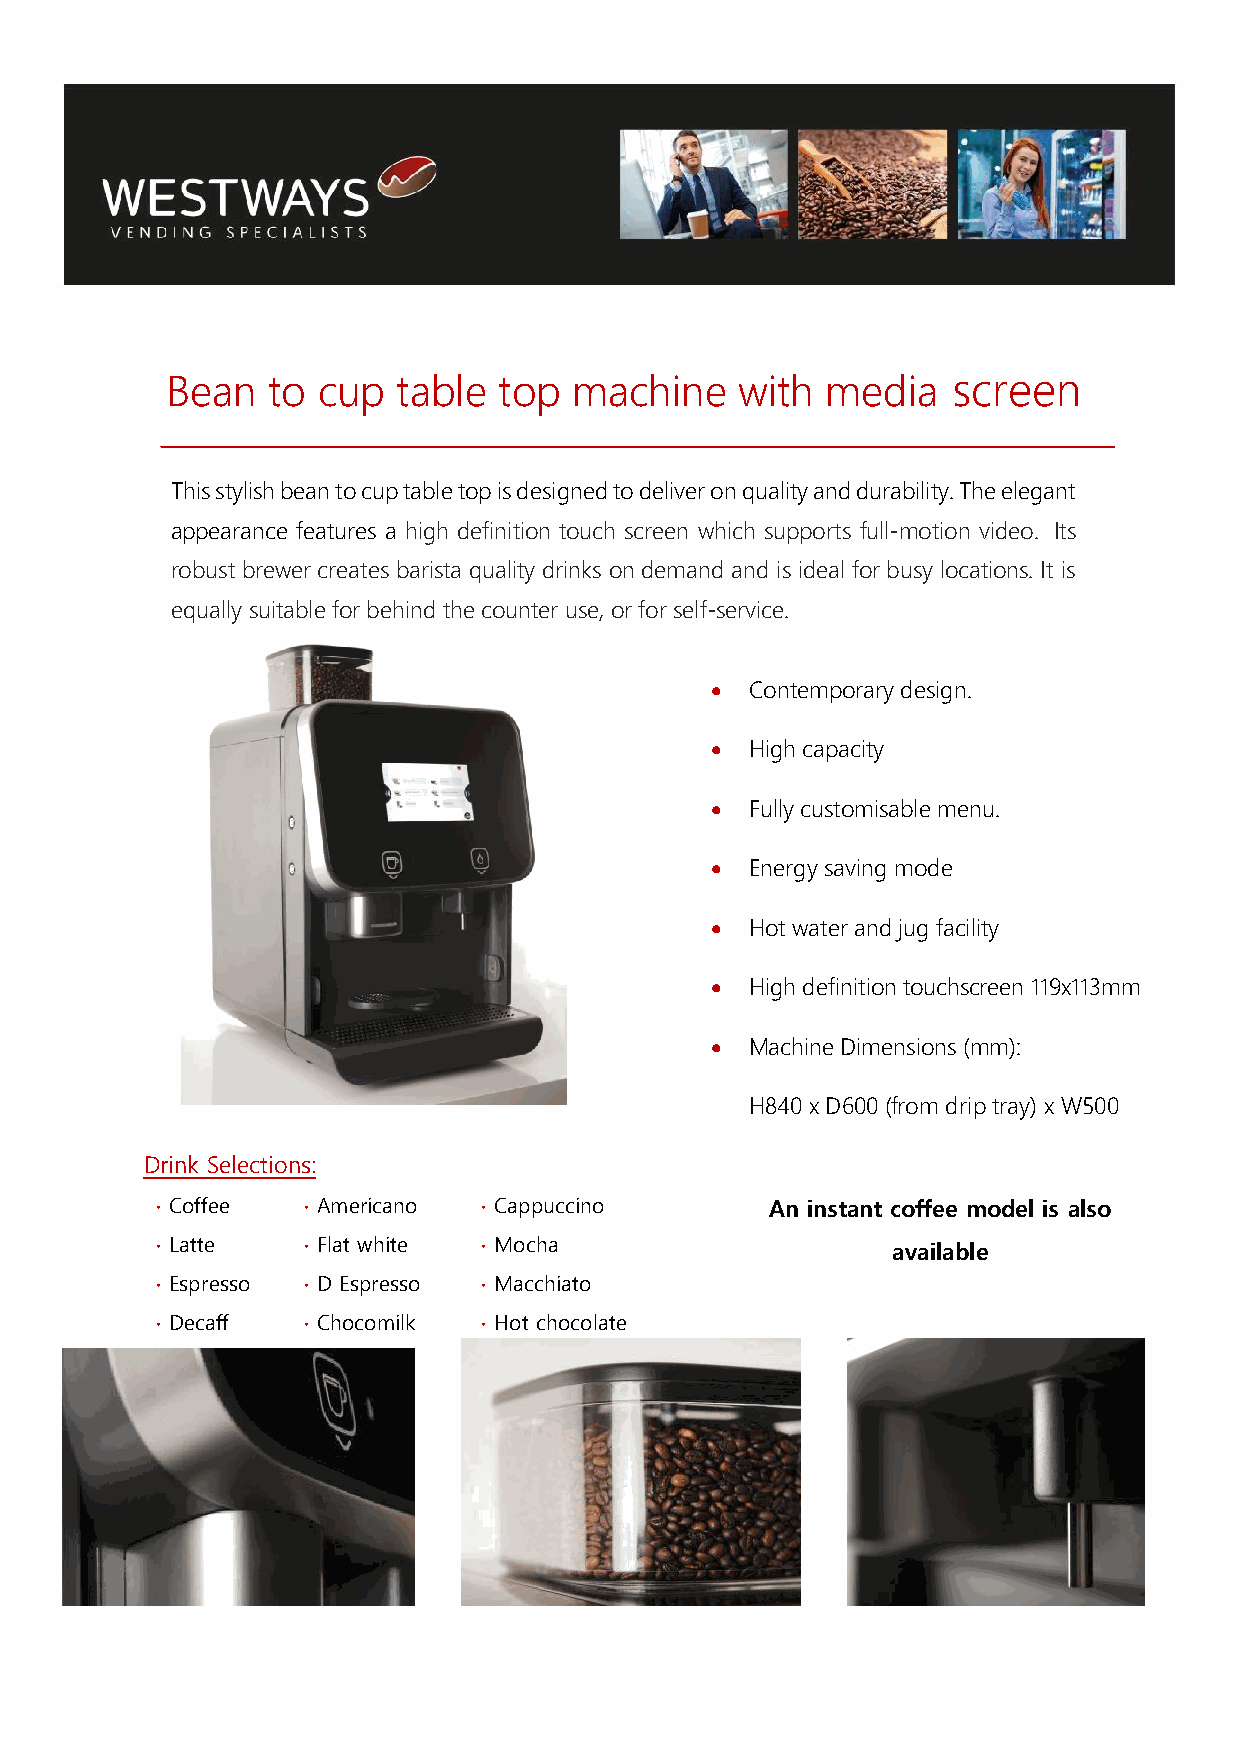
Bean   to cup  table  top  machine    with  media   screen
 This stylish bean to cup table top is designed to deliver on quality and durability. The elegant
 appearance features a high definition touch screen which supports full-motion video. Its
 robust brewer creates barista quality drinks on demand and is ideal for busy locations. It is
 equally suitable for behind the counter use, or for self-service.
 •  Contemporary design.
 •  High capacity
 •  Fully customisable menu.
 •  Energy saving mode
 •  Hot water and jug facility
 •  High definition touchscreen 119x113mm
 •  Machine Dimensions (mm):
 H840 x D600 (from drip tray) x W500
 Drink Selections:
 ∙ Coffee  ∙ Americano ∙ Cappuccino       An instant coffee model is also
 ∙ Latte   ∙ Flat white ∙ Mocha                   available
 ∙ Espresso ∙ D Espresso ∙ Macchiato
 ∙ Decaff  ∙ Chocomilk ∙ Hot chocolate